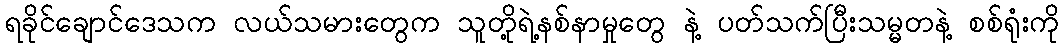
ရခိုင်ချောင်ဒေသက လယ်သမားတွေက သူတို့ရဲ့နစ်နာမှုတွေ နဲ့ ပတ်သက်ပြီးသမ္မတနဲ့ စစ်ရုံးကို